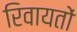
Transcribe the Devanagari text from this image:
रिवायतों